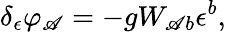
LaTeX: \delta_{\epsilon}\varphi_{\mathscr{A}}=-gW_{\mathscr{A}b}\epsilon^{b},